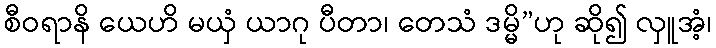
စီဝရာနိ ယေဟိ မယှံ ယာဂု ပီတာ၊ တေသံ ဒမ္မိ”ဟု ဆို၍ လှူအံ့၊